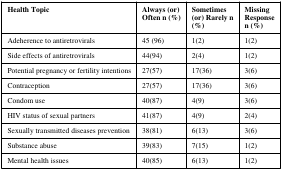
<table><thead><tr><td><b>Health Topic</b></td><td><b>Always (or)Often n (%)</b></td><td><b>Sometimes(or) Rarely n(%)</b></td><td><b>MissingResponsen (%)</b></td></tr></thead><tbody><tr><td>Adeherence to antiretrovirals</td><td>45 (96)</td><td>1(2)</td><td>1(2)</td></tr><tr><td>Side effects of antiretrovirals</td><td>44(94)</td><td>2(4)</td><td>1(2)</td></tr><tr><td>Potential pregnancy or fertility intentions</td><td>27(57)</td><td>17(36)</td><td>3(6)</td></tr><tr><td>Contraception</td><td>27(57)</td><td>17(36)</td><td>3(6)</td></tr><tr><td>Condom use</td><td>40(87)</td><td>4(9)</td><td>3(6)</td></tr><tr><td>HIV status of sexual partners</td><td>41(87)</td><td>4(9)</td><td>2(4)</td></tr><tr><td>Sexually transmitted diseases prevention</td><td>38(81)</td><td>6(13)</td><td>3(6)</td></tr><tr><td>Substance abuse</td><td>39(83)</td><td>7(15)</td><td>1(2)</td></tr><tr><td>Mental health issues</td><td>40(85)</td><td>6(13)</td><td>1(2)</td></tr></tbody></table>